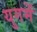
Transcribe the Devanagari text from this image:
युगमें